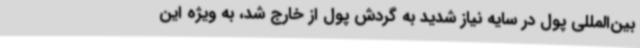
بین‌المللی پول در سایه نیاز شدید به گردش پول از خارج شد، به ویژه این